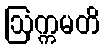
ဩက္ကမတိ